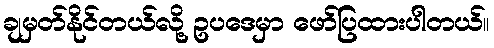
ချမှတ်နိုင်တယ်လို့ ဥပဒေမှာ ဖော်ပြထားပါတယ်။